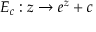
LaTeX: E _ { c } : z \to e ^ { z } + c